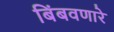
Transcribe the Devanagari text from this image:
बिंबवणारे